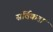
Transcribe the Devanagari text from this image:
सर्विकता